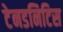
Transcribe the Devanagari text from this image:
टेनडनिटिस